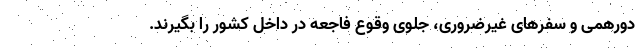
دورهمی و سفرهای غیرضروری، جلوی وقوع فاجعه در داخل کشور را بگیرند.